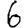
Digit: 6